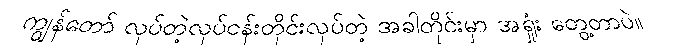
ကျွန်တော် လုပ်တဲ့လုပ်ငန်းတိုင်းလုပ်တဲ့ အခါတိုင်းမှာ အရှုံး တွေ့တာပဲ။